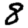
Digit: 8